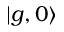
\vert g , 0 \rangle